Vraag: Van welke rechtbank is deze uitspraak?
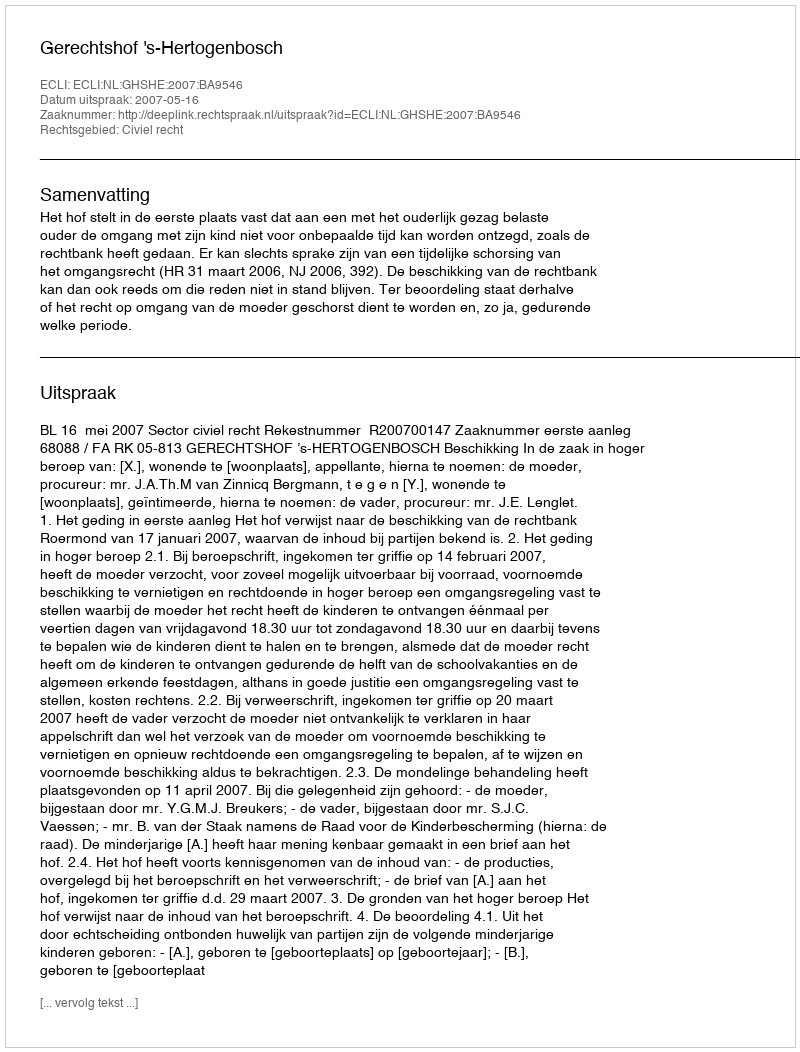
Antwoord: Gerechtshof 's-Hertogenbosch